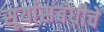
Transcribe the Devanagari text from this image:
सूर्यासंबंधीचे